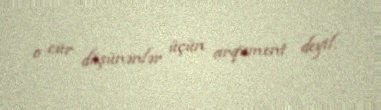
o cür düşünənlər üçün arqument deyil.